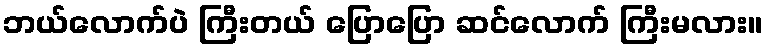
ဘယ်လောက်ပဲ ကြီးတယ် ပြောပြော ဆင်လောက် ကြီးမလား။